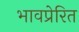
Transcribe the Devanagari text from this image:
भावप्रेरित